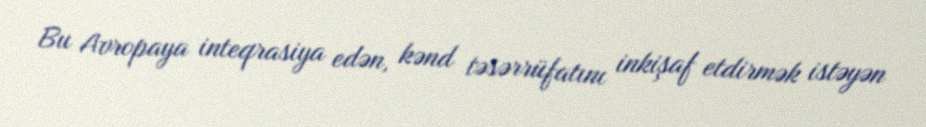
Bu Avropaya inteqrasiya edən, kənd təsərrüfatını inkişaf etdirmək istəyən